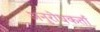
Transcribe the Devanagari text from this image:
अनुरोधकर्ता